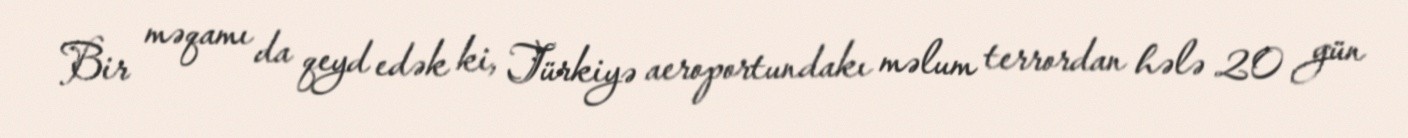
Bir məqamı da qeyd edək ki, Türkiyə aeroportundakı məlum terrordan hələ 20 gün